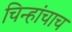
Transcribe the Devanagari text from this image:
चिन्हांचाच